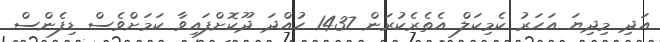
އަދި މިދިޔަ އަހަރު ކެމިކަލް އެތެރެކުރަން 1437 ހުއްދަ ދޫކޮށްފައިވާ ކަމަށްވެސް ޑިފެންސް